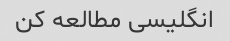
انگلیسی مطالعه کن